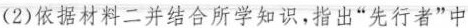
(2)依据材料二并结合所学知识，指出”先行者”中